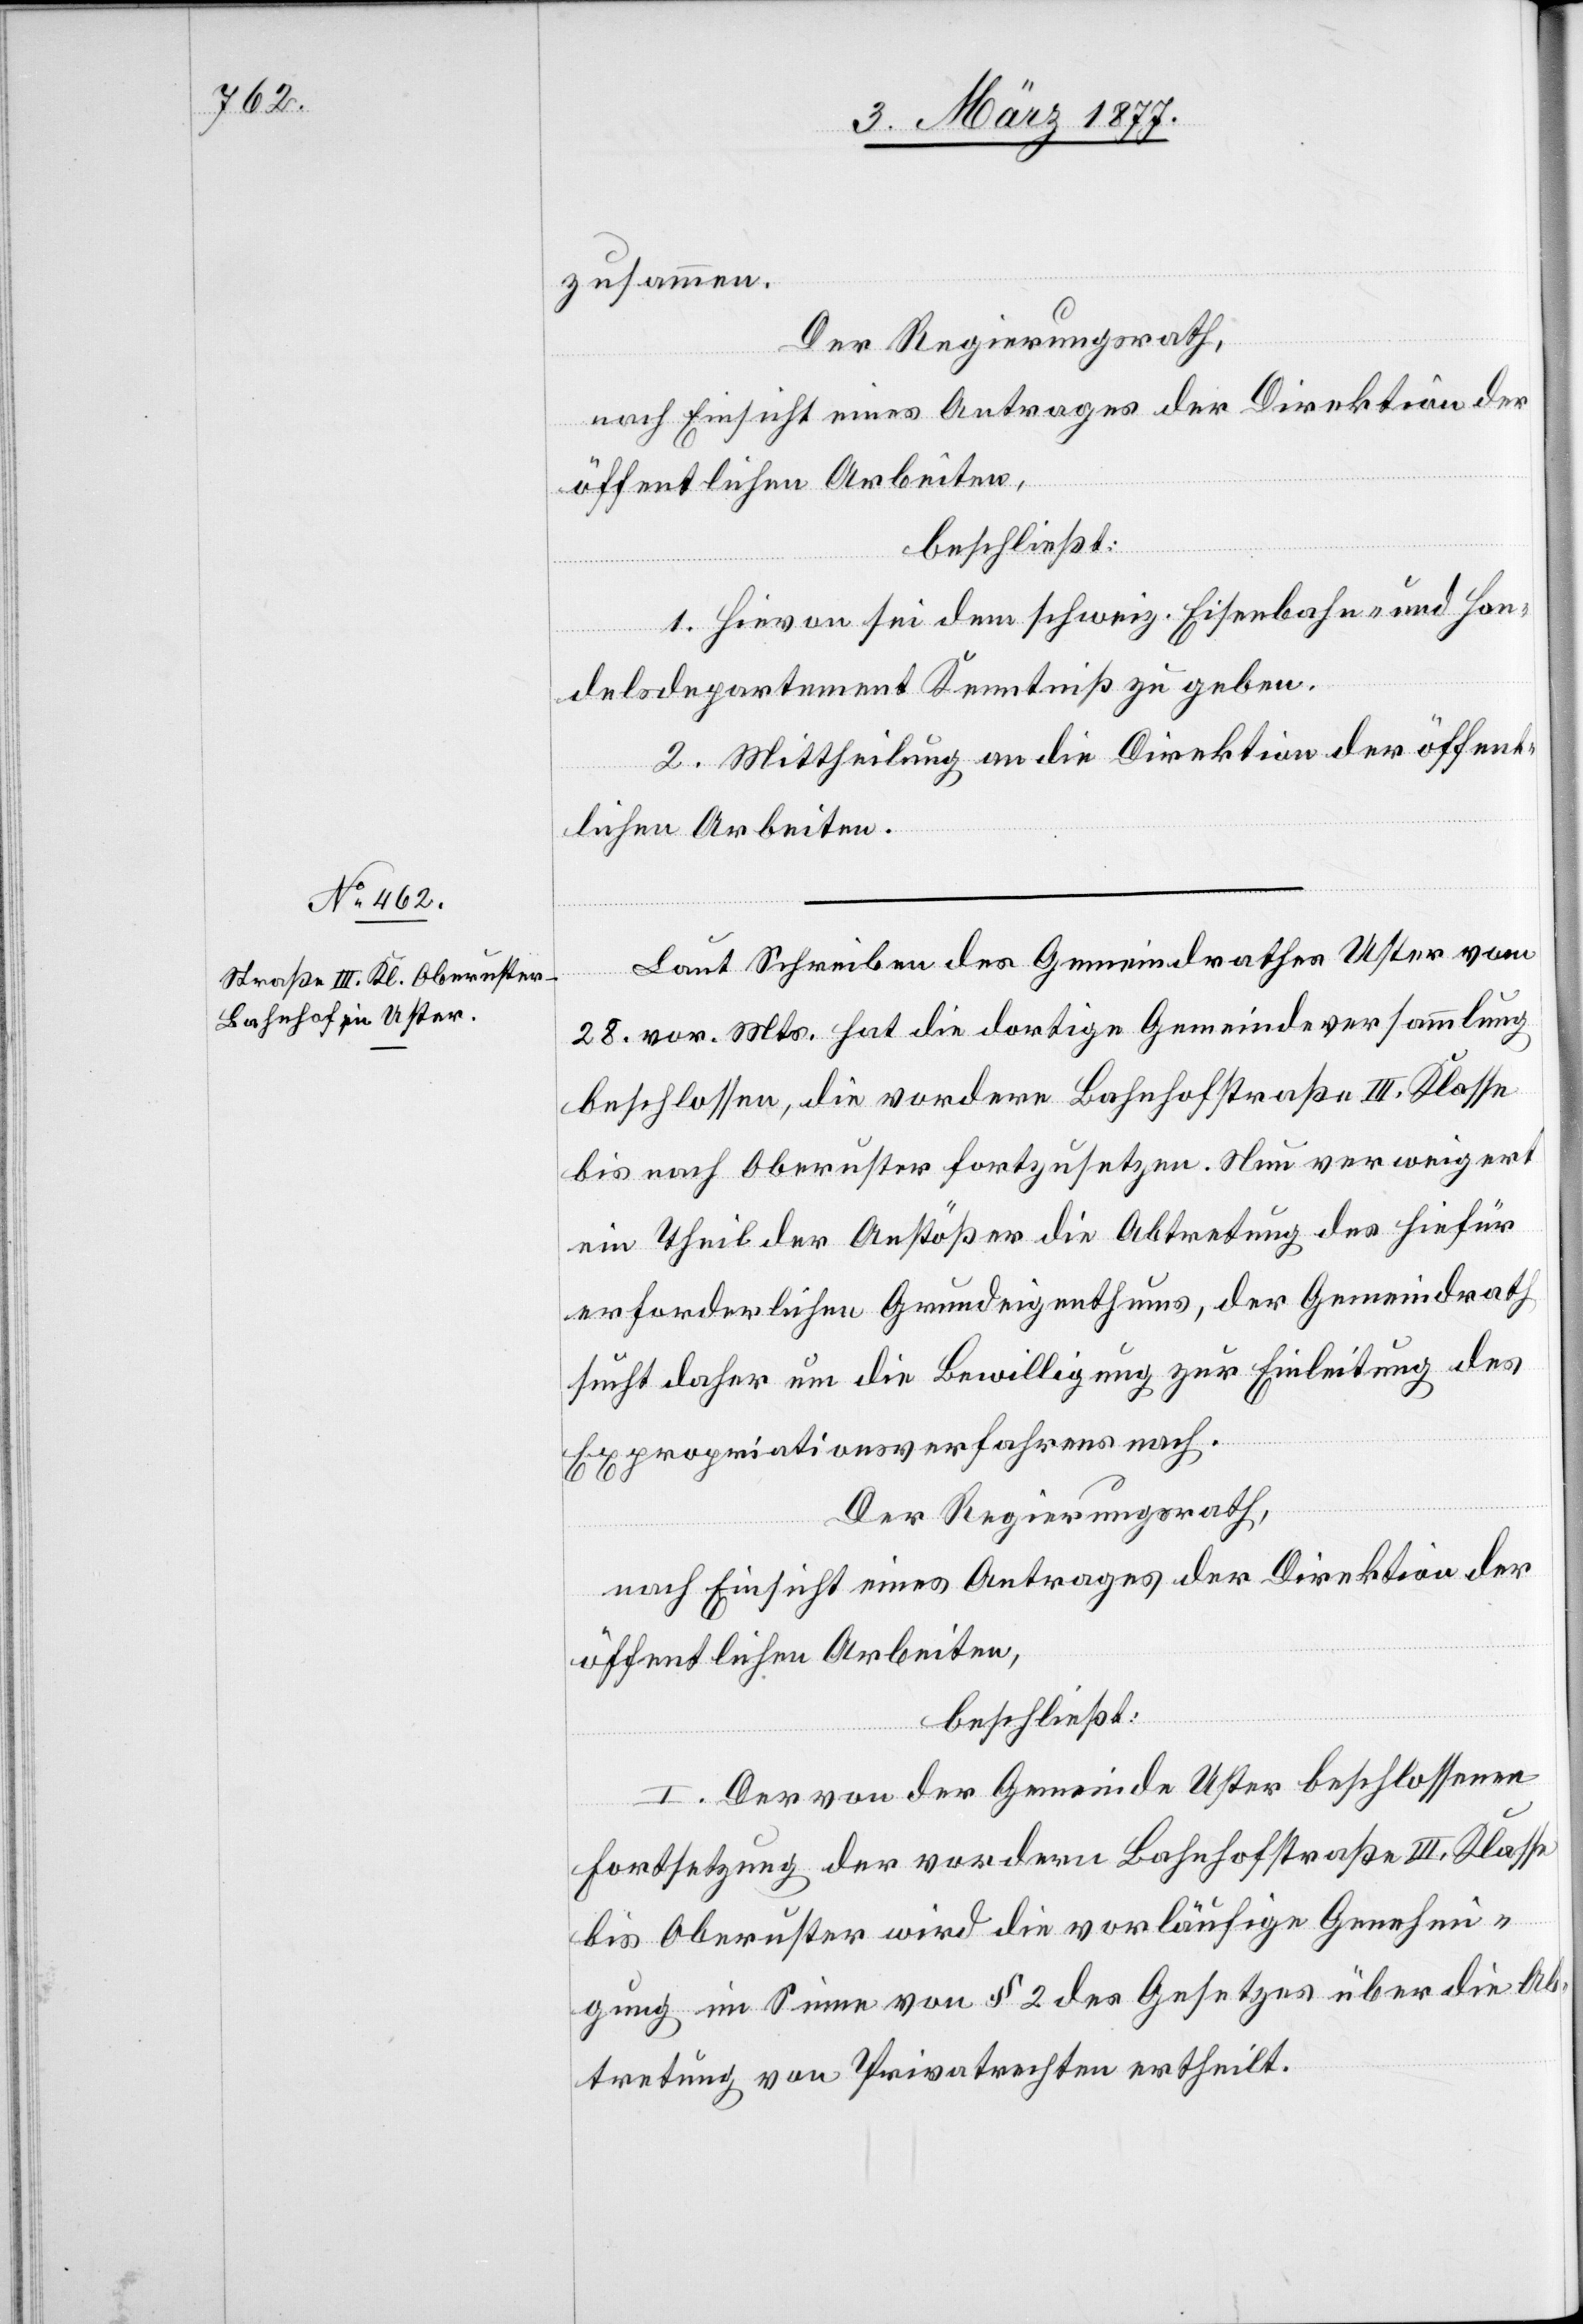
zusammen.
Der Regierungsrath,
nach Einsicht eines Antrages der Direktion der
öffentlichen Arbeiten,
beschließt:
1. Hievon sei dem schweiz. Eisenbahn- und Han¬
delsdepartement Kenntniß zu geben.
2. Mittheilung an die Direktion der öffent¬
lichen Arbeiten.
Laut Schreiben des Gemeindrathes Uster vom
28. vor. Mts. hat die dortige Gemeindeversammlung
beschlossen, die vordere Bahnhofstraße III. Klasse
bis nach Oberuster fortzusetzen. Nun verweigert
ein Theil der Anstößer die Abtretung des hiefür
erforderlichen Grundeigenthums, der Gemeindrath
sucht daher um Bewilligung zur Einleitung des
Expropriationsverfahrens nach.
Der Regierungsrath,
nach Einsicht eines Antrages der Direktion der
öffentlichen Arbeiten,
beschließt:
I. Der von der Gemeinde Uster beschlossenen
Fortsetzung der vordern Bahnhofstraße III. Klasse
bis Oberuster wird die vorläufige Genehmi¬
gung im Sinne von § 2 des Gesetzes über Ab¬
tretung von Privatrechten ertheilt.